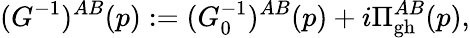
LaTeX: (G^{-1})^{AB}(p):=(G_{0}^{-1})^{AB}(p)+i\Pi_{\mathrm{gh}}^{AB}(p),